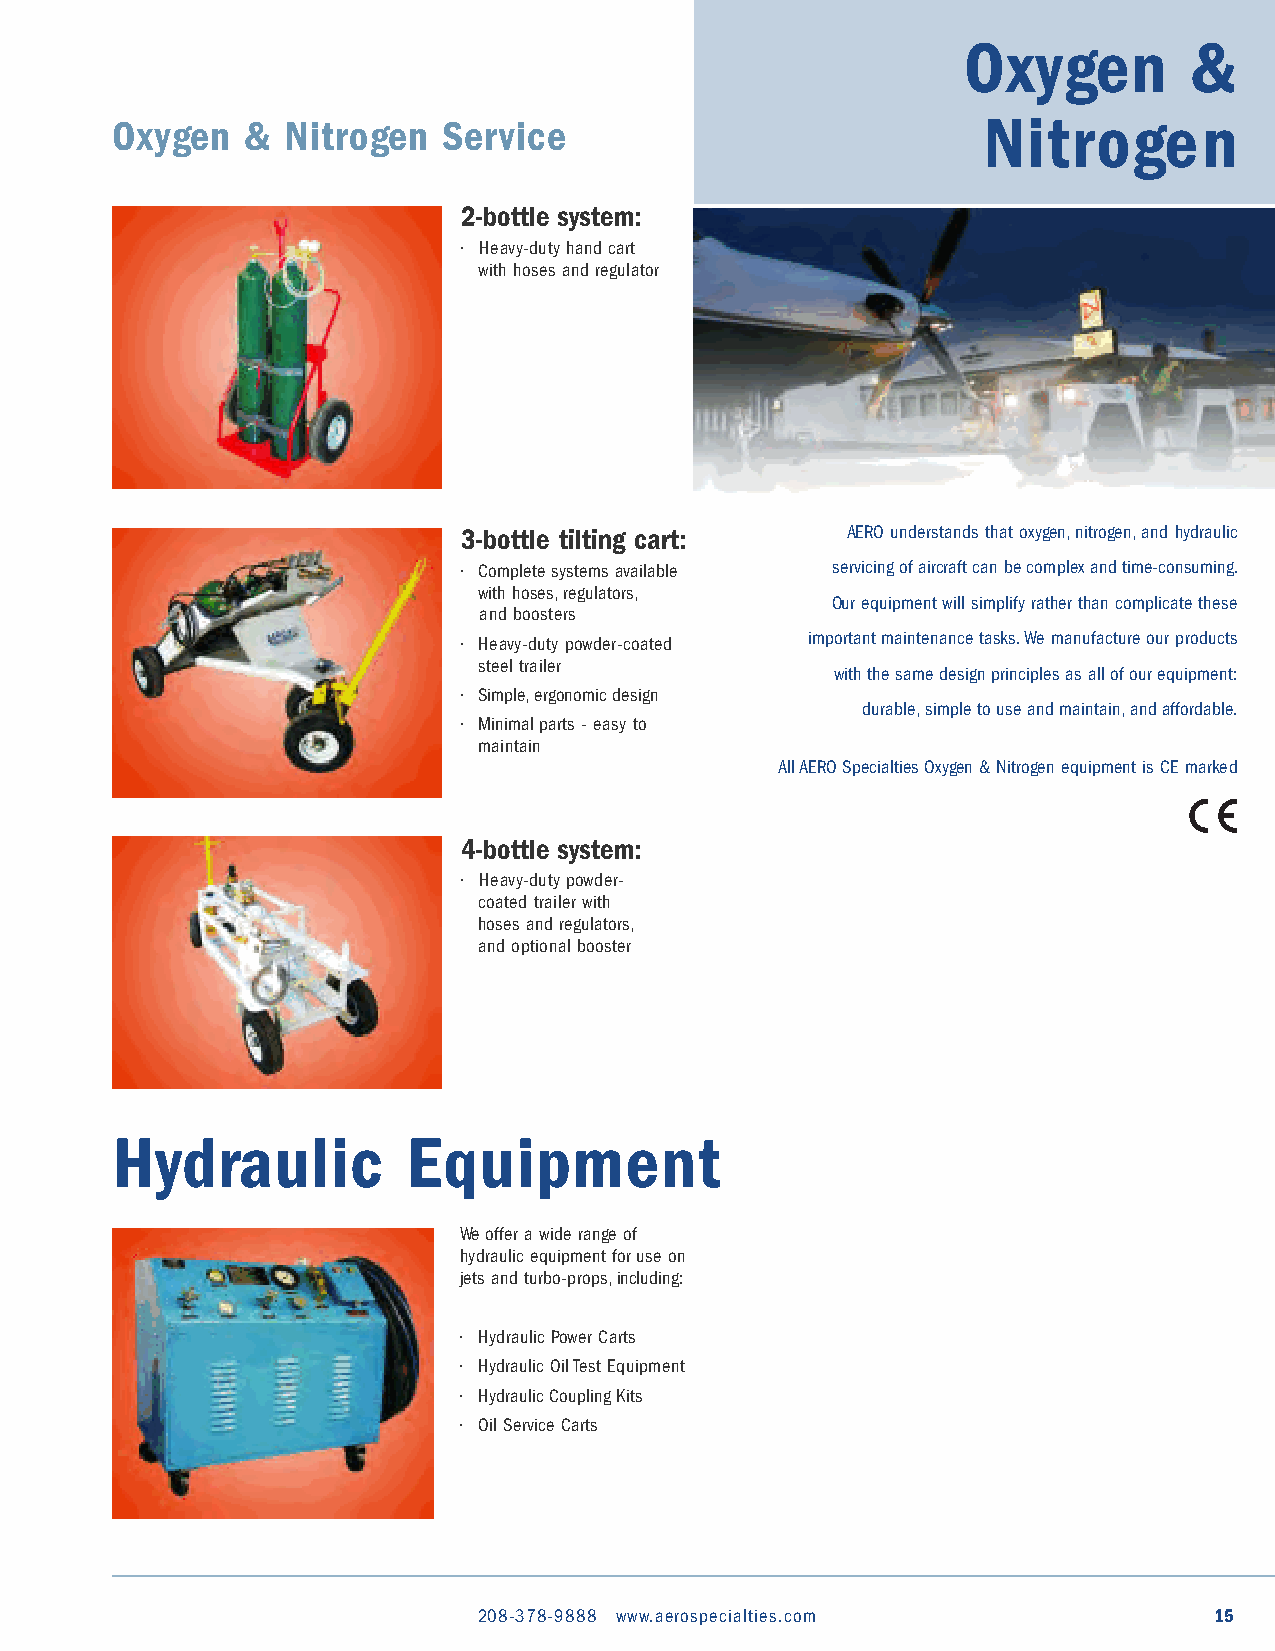
Oxygen         &
 Nitrogen
 Oxygen   &  Nitrogen  Service
 2-bottle system:
 • Heavy-duty hand cart
 with hoses and regulator
 3-bottle tilting cart:    AERO understands that oxygen,nitrogen,and hydraulic
 • Complete systems available servicing of aircraft can be complex and time-consuming.
 with hoses,regulators,
 Our equipment will simplify rather than complicate these
 and boosters
 • Heavy-duty powder-coated important maintenance tasks.We manufacture our products
 steel trailer
 with the same design principles as all of our equipment:
 • Simple,ergonomic design
 durable,simple to use and maintain,and affordable.
 • Minimal parts - easy to
 maintain
 All AERO Specialties Oxygen & Nitrogen equipment is CE marked
 4-bottle system:
 • Heavy-duty powder-
 coated trailer with
 hoses and regulators,
 and optional booster
 Hydraulic           Equipment
 We offer a wide range of
 hydraulic equipment for use on
 jets and turbo-props,including:
 • Hydraulic Power Carts
 • Hydraulic Oil Test Equipment
 • Hydraulic Coupling Kits
 • Oil Service Carts
 208-378-9888 www.aerospecialties.com            15